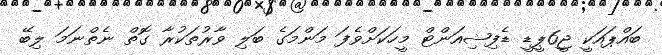
ބައްޕައަކީ ޖީ6ޕީޑީ ޑެފިޝިއަންޓް މީހަކަށްވެފަ މަންމަގެ ބަލި ވާރުތަކުރާ ގޮތް ނެތްނަމަ ލިބޭ